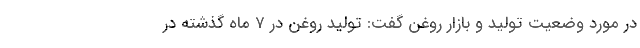
در مورد وضعیت تولید و بازار روغن گفت: تولید روغن در 7 ماه گذشته در